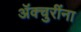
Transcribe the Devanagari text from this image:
ॲक्चुरींना